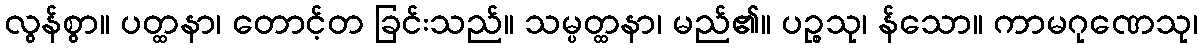
လွန်စွာ။ ပတ္ထနာ၊ တောင့်တ ခြင်းသည်။ သမ္ပတ္ထနာ၊ မည်၏။ ပဉ္စသု၊ န်သော။ ကာမဂုဏေသု၊